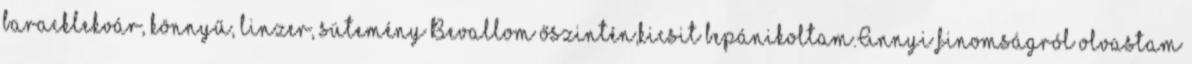
baracklekvár, könnyű, linzer, sütemény Bevallom őszintén,kicsit bepánikoltam.Annyi finomságról olvastam